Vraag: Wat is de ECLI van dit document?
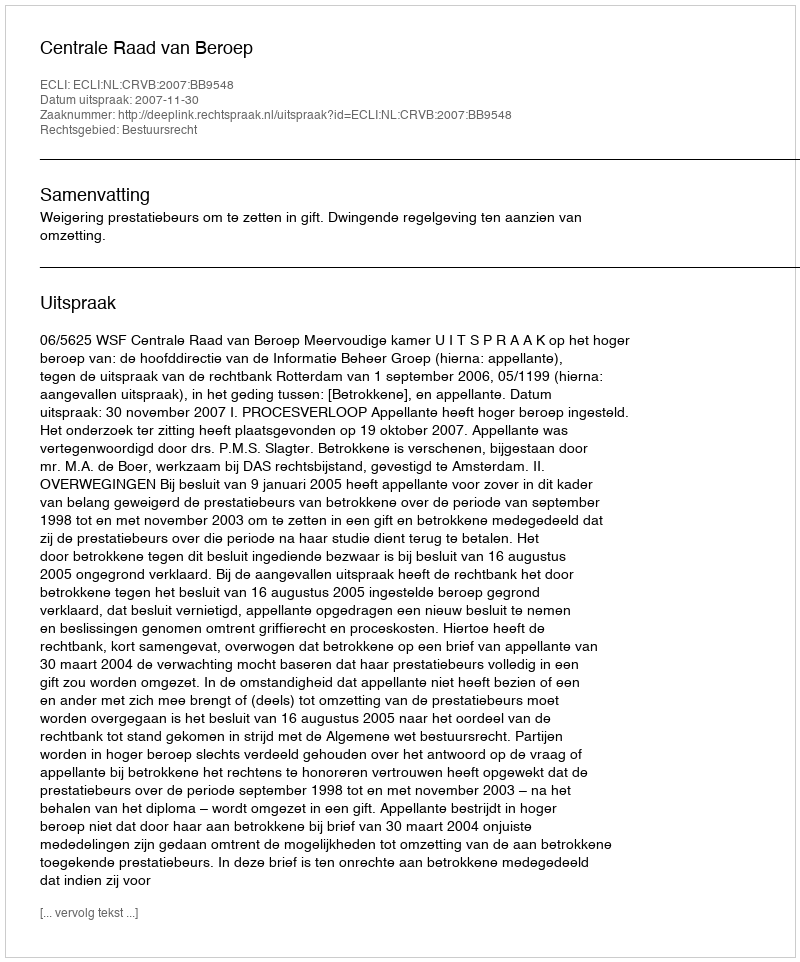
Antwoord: ECLI:NL:CRVB:2007:BB9548